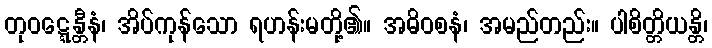
တုဝဋ္ဋေန္တီနံ၊ အိပ်ကုန်သော ရဟန်းမတို့၏။ အဓိဝစနံ၊ အမည်တည်း။ ပါစိတ္တိယန္တိ၊